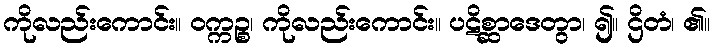
ကိုလည်းကောင်း။ ဝက္ကဉ္စ၊ ကိုလည်းကောင်း။ ပဋိစ္ဆာဒေတွာ၊ ၍။ ဌိတံ၊ ၏။